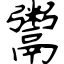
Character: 鬻